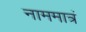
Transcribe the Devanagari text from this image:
नाममात्रं